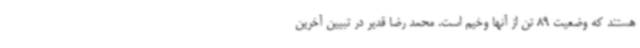
هستند که وضعیت 89 تن از آنها وخیم است. محمد رضا قدیر در تبیین آخرین